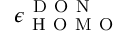
\epsilon _ { \mathrm { ~ H ~ O ~ M ~ O ~ } } ^ { \mathrm { ~ D ~ O ~ N ~ } }